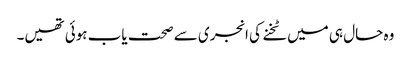
وہ حال ہی میں ٹخنے کی انجری سے صحت یاب ہوئی تھیں۔